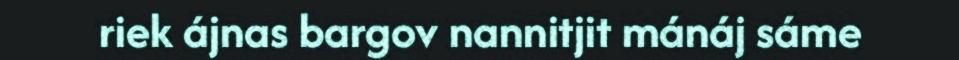
riek ájnas bargov nannitjit mánáj sáme